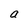
Character: a